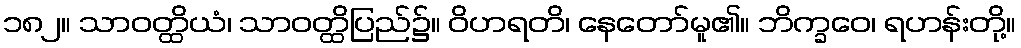
၁၈၂။ သာဝတ္ထိယံ၊ သာဝတ္ထိပြည်၌။ ဝိဟရတိ၊ နေတော်မူ၏။ ဘိက္ခဝေ၊ ရဟန်းတို့။